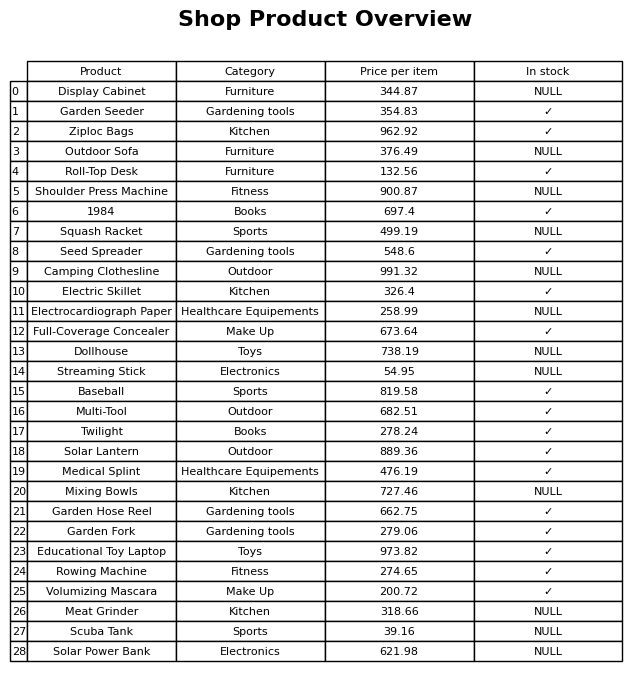
question: What is the price for Outdoor Sofa?
answer: The price of Outdoor Sofa is 376.49.